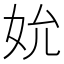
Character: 𪥬